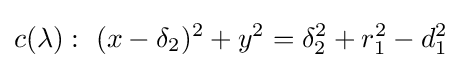
c(\lambda ):\ (x-\delta _{2})^{2}+y^{2}=\delta _{2}^{2}+r_{1}^{2}-d_{1}^{2}